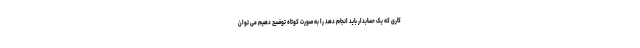
کاری که یک حسابدار باید انجام دهد را به صورت کوتاه توضیح دهیم می توان